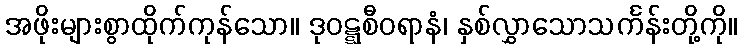
အဖိုးများစွာထိုက်ကုန်သော။ ဒုဝဋ္ဋစီဝရာနံ၊ နှစ်လွှာသောသင်္ကန်းတို့ကို။